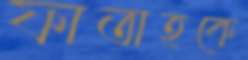
ফাতাহকে